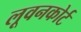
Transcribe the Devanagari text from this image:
लूवनकोर्ट